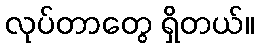
လုပ်တာတွေ ရှိတယ်။